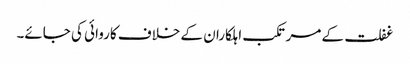
غفلت کے مرتکب اہلکاران کے خلاف کاروائی کی جائے۔